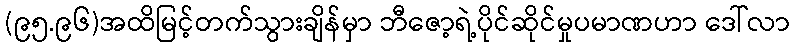
(၉၅.၉၆)အထိမြင့်တက်သွားချိန်မှာ ဘီဇော့ရဲ့ပိုင်ဆိုင်မှုပမာဏဟာ ဒေါ်လာ